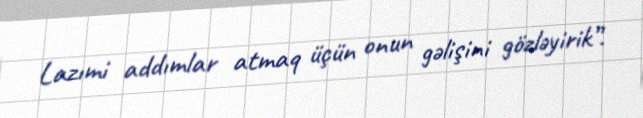
Lazımi addımlar atmaq üçün onun gəlişini gözləyirik”.